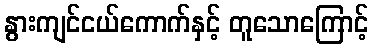
နွားကျင်ငယ်ကောက်နှင့် တူသောကြောင့်